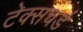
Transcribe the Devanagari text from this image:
टेक्सचर्ड